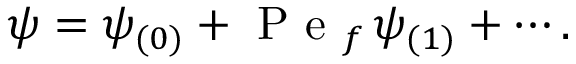
\psi = \psi _ { ( 0 ) } + \mathrm { ~ P ~ e ~ } _ { f } \, \psi _ { ( 1 ) } + \cdots .